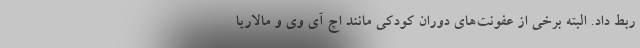
ربط داد. البته برخی از عفونت‌های دوران کودکی مانند اچ آی وی و مالاریا